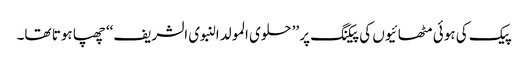
پیک کی ہوئی مٹھائیوں کی پیکنگ پر ’’حلوی المولدالنبوی الشریف‘‘ چھپا ہوتا تھا۔